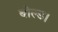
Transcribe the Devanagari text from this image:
बोल्ड।